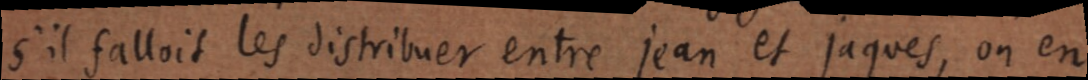
s’il falloit les distribuer entre jean et jaques, on en